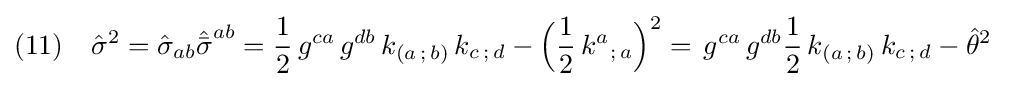
(11)\quad {\hat {\sigma }}^{2}={\hat {\sigma }}_{ab}{\hat {\bar {\sigma }}}^{ab}={\frac {1}{2}}\,g^{ca}\,g^{db}\,k_{(a\,;\,b)}\,k_{c\,;\,d}-{\Big (}{\frac {1}{2}}\,k^{a}{}_{;\,a}{\Big )}^{2}=\,g^{ca}\,g^{db}{\frac {1}{2}}\,k_{(a\,;\,b)}\,k_{c\,;\,d}-{\hat {\theta }}^{2}\;